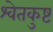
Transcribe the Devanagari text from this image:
श्वेतकुष्ट